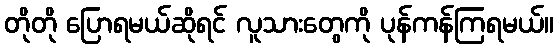
တိုတို ပြောရမယ်ဆိုရင် လူသားတွေကို ပုန်ကန်ကြရမယ်။